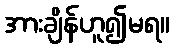
အားချိန်ဟူ၍မရ။